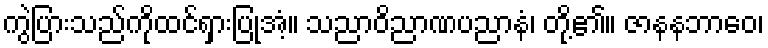
ကွဲပြားသည်ကိုထင်ရှားပြုအံ့။ သညာဝိညာဏပညာနံ၊ တို့၏။ ဇာနနဘာဝေ၊